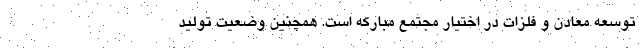
توسعه معادن و فلزات در اختیار مجتمع مبارکه است. همچنین وضعیت تولید